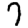
Digit: 7